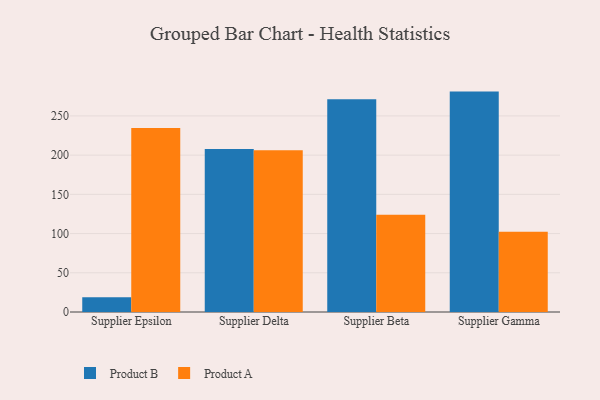
{"axis": {"x": "Supplier", "y": "Active Users"}, "legend": ["Product A", "Product B"], "data": [{"x": "Supplier Epsilon", "y": 18.9, "type": "Product B"}, {"x": "Supplier Epsilon", "y": 234.5, "type": "Product A"}, {"x": "Supplier Delta", "y": 207.8, "type": "Product B"}, {"x": "Supplier Delta", "y": 206.3, "type": "Product A"}, {"x": "Supplier Beta", "y": 271.2, "type": "Product B"}, {"x": "Supplier Beta", "y": 123.9, "type": "Product A"}, {"x": "Supplier Gamma", "y": 281.0, "type": "Product B"}, {"x": "Supplier Gamma", "y": 102.2, "type": "Product A"}]}